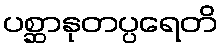
ပစ္ဆာနုတပ္ပရေတိ